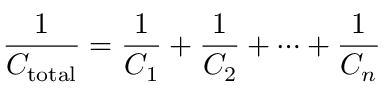
{ \frac { 1 } { C _ { \mathrm { t o t a l } } } } = { \frac { 1 } { C _ { 1 } } } + { \frac { 1 } { C _ { 2 } } } + \cdots + { \frac { 1 } { C _ { n } } }